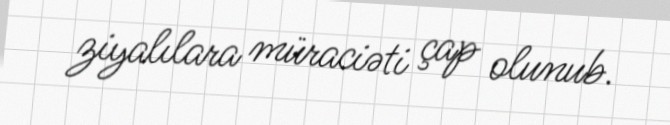
ziyalılara müraciəti çap olunub.